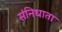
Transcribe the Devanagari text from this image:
संनिधाता